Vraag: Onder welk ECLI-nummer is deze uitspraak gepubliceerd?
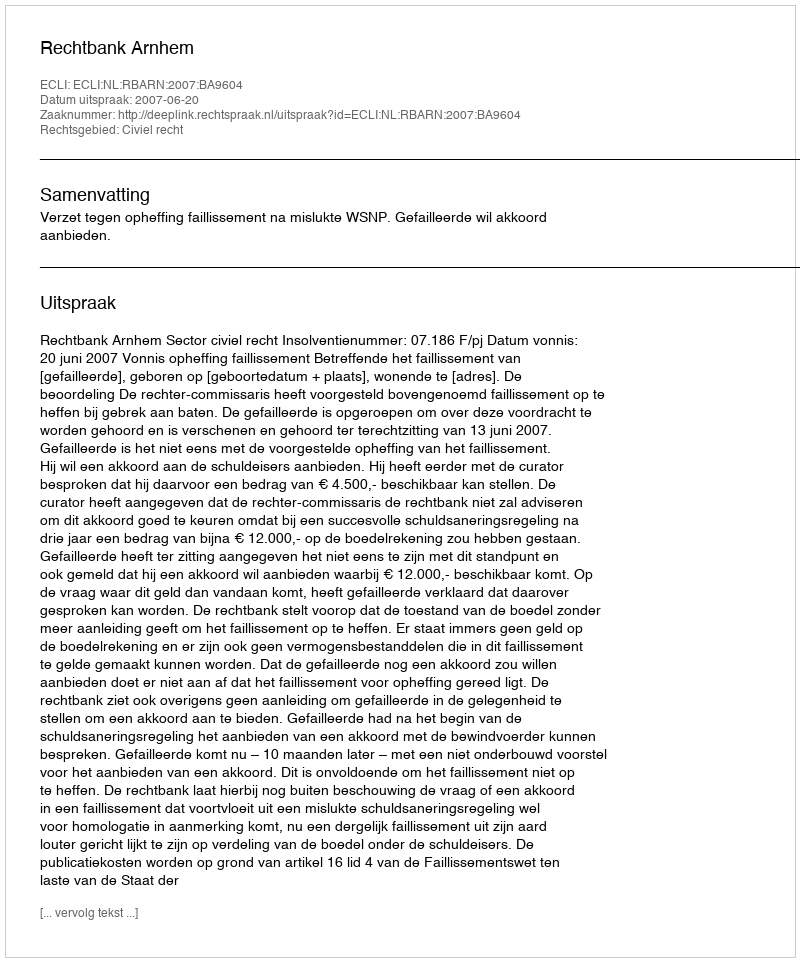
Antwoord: ECLI:NL:RBARN:2007:BA9604